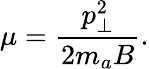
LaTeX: \mu=\frac{p_{\perp}^{2}}{2m_{a}B}.